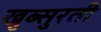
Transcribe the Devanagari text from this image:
खुब्सुरती